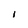
Character: I